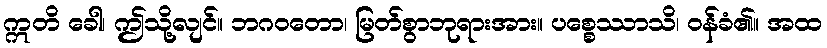
ဣတိ ခေါ၊ ဤသို့လျင်။ ဘဂဝတော၊ မြတ်စွာဘုရားအား။ ပစ္စေဿာသိ၊ ဝန်ခံ၏။ အထ